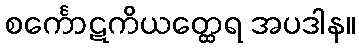
စင်္ကောဋကိယတ္ထေရ အပဒါန။